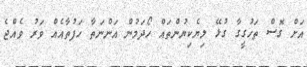
އަށް ގޮސް ތަހުގީގާ ގުޅޭ ލިޔެކިޔުންތައް ހޯދަމުން އަންނަތާ ހަފުތާއެއް ވަރު ވެއްޖެ